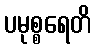
ပမုစ္စရေတိ